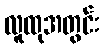
လူထုအတွင်း